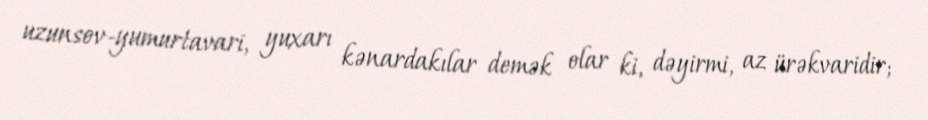
uzunsov-yumurtavari, yuxarı kənardakılar demək olar ki, dəyirmi, az ürəkvaridir;